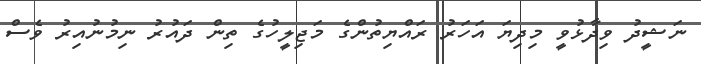
ނަޝީދު ވިދާޅުވީ މިދިޔަ އަހަރު ރައްޔިތުންގެ މަޖިލީހުގެ ތިން ދައުރު ނިމުނުއިރު ވެސް